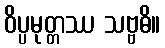
ဝိပ္ပမုတ္တဿ သဗ္ဗဓိ။